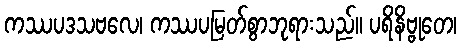
ကဿပဒသဗလေ၊ ကဿပမြတ်စွာဘုရားသည်။ ပရိနိဗ္ဗုတေ၊